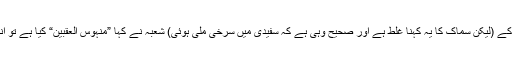
تو انہوں نے کہا دراز شگاف آنکھوں کے (لیکن سماک کا یہ کہنا غلط ہے اور صحیح وہی ہے کہ سفیدی میں سرخی ملی ہوئی) شعبہ نے کہا ”منہوس العقبین“ کیا ہے تو انہوں نے کہا ایڑی پر کم گوشت والے۔